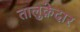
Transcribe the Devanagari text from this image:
तालुक़ेदार